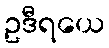
ဥဒီရယေ